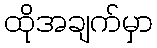
ထိုအချက်မှာ